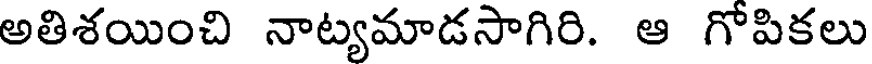
అతిశయించి నాట్యమాడసాగిరి. ఆ గోపికలు